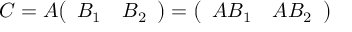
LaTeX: C = A { \left( \begin{array} { l l } { B _ { 1 } } & { B _ { 2 } } \end{array} \right) } = { \left( \begin{array} { l l } { A B _ { 1 } } & { A B _ { 2 } } \end{array} \right) }